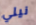
نيلي